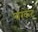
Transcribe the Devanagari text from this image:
पारकेट